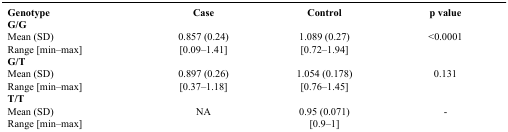
<table><thead><tr><td><b>Genotype</b></td><td><b>Case</b></td><td><b>Control</b></td><td><b>p value</b></td></tr></thead><tbody><tr><td colspan="4"><b>G/G</b></td></tr><tr><td>Mean (SD)</td><td>0.857 (0.24)</td><td>1.089 (0.27)</td><td>&lt;0.0001</td></tr><tr><td>Range [min–max]</td><td>[0.09–1.41]</td><td>[0.72–1.94]</td><td> </td></tr><tr><td colspan="4"><b>G/T</b></td></tr><tr><td>Mean (SD)</td><td>0.897 (0.26)</td><td>1.054 (0.178)</td><td>0.131</td></tr><tr><td>Range [min–max]</td><td>[0.37–1.18]</td><td>[0.76–1.45]</td><td> </td></tr><tr><td colspan="4"><b>T/T</b></td></tr><tr><td>Mean (SD)</td><td>NA</td><td>0.95 (0.071)</td><td>-</td></tr><tr><td>Range [min–max]</td><td> </td><td>[0.9–1]</td><td> </td></tr></tbody></table>